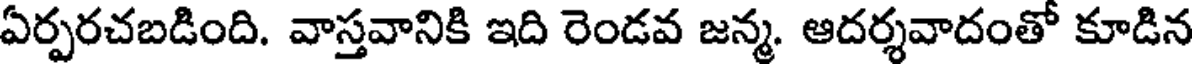
ఏర్పరచబడింది. వాస్తవానికి ఇది రెండవ జన్మ. ఆదర్శవాదంతో కూడిన